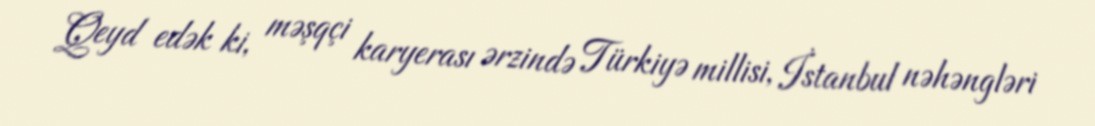
Qeyd edək ki, məşqçi karyerası ərzində Türkiyə millisi, İstanbul nəhəngləri